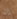
إن